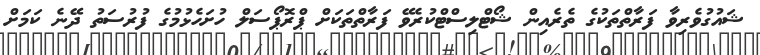
ޝައުގުވެރިވާ ފަރާތްތަކުގެ ތެރެއިން ޝޯޓްލިސްޓްކުރެވޭ ފަރާތްތަކަށް ޕްރޮޕޯސަލް ހުށަހެޅުމުގެ ފުރުސަތު ދޭނެ ކަމަށް